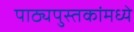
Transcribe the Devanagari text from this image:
पाठ्यपुस्तकांमध्ये